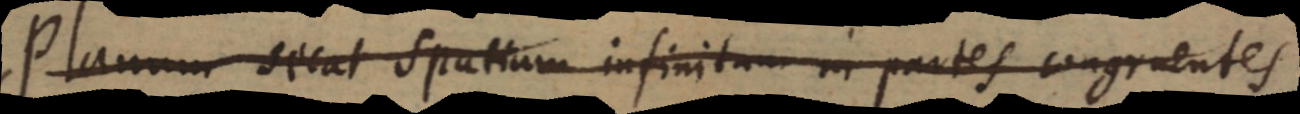
Planum secat spatium infinitum in partes congruentes